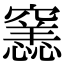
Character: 𥨭